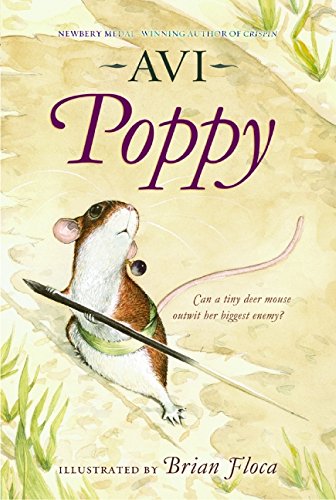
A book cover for Poppy (Tales from Dimwood Forest); Avi; Children's Books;